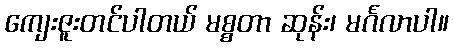
ကျေးဇူးတင်ပါတယ် မစ္စတာ ဆုန်း၊ မင်္ဂလာပါ။